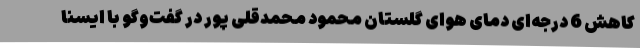
کاهش 6 درجه‌ای دمای هوای گلستان محمود محمدقلی پور در گفت‌وگو با ایسنا